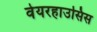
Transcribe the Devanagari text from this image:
वेयरहाउसिस